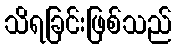
သိရခြင်းဖြစ်သည်